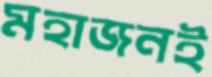
মহাজনই